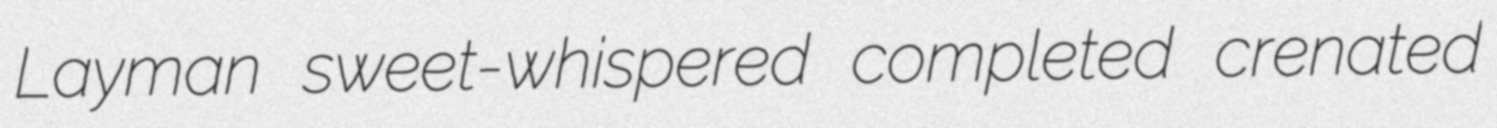
Layman sweet-whispered completed crenated